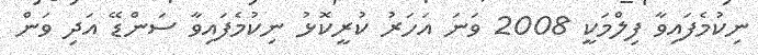
ނިކުމެފައިވާ ފިލްމަކީ 2008 ވަނަ އަހަރު ކުރީކޮޅު ނިކުމެފައިވާ ސަންޑޭ އަދި ވަން